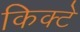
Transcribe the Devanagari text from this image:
किक्टे